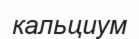
кальциум